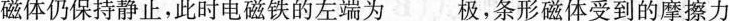
磁体仍保持静止，此时电磁铁的左端为___极，条形磁体受到的摩擦力